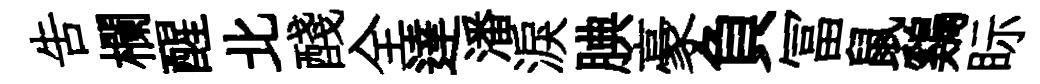
告欄醒北醆全達潘淚腆豪負冨鼠鷄眎